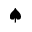
\spadesuit